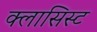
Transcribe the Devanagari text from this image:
क्लासिस्ट